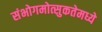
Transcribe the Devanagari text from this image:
संभोगमोत्सुकतेमध्ये